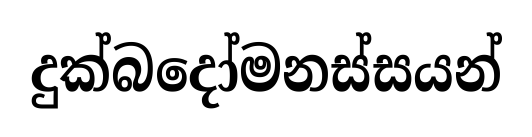
දුක්බදෝමනස්සයන්